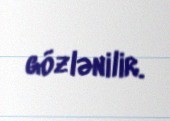
gözlənilir.